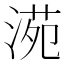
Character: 𣸱